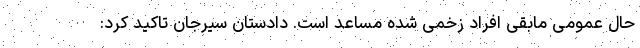
حال عمومی مابقی افراد زخمی شده مساعد است. دادستان سیرجان تاکید کرد: